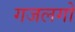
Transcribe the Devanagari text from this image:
गजलगो